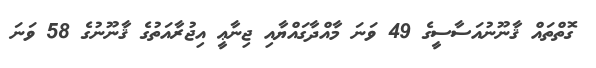
ގޮތްތައް ޤާނޫނުއަސާސީގެ 49 ވަނަ މާއްދާގައްޔާއި ޖިނާޢީ އިޖުރާއަތުގެ ޤާނޫނުގެ 58 ވަނަ